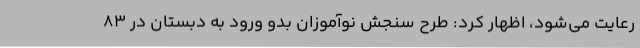
رعایت می‌شود، اظهار کرد: طرح سنجش نوآموزان بدو ورود به دبستان در 83